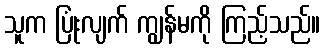
သူက ပြုံးလျက် ကျွန်မကို ကြည့်သည်။